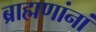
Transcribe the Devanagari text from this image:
ब्राह्मणांनां